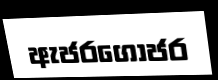
ඇජරගොජර